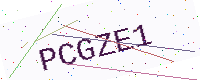
Text: PCGZE1